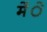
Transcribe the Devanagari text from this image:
मेंे